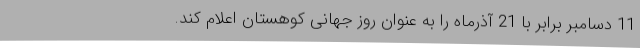
11 دسامبر برابر با 21 آذرماه را به عنوان روز جهانی کوهستان اعلام کند.